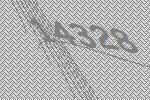
14328